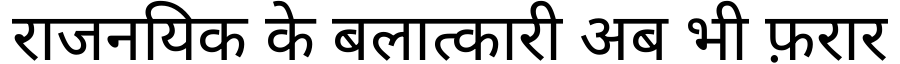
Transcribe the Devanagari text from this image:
राजनयिक के बलात्कारी अब भी फ़रार